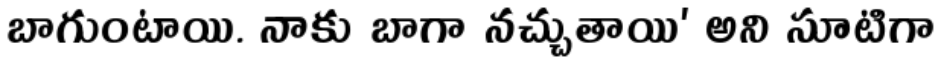
బాగుంటాయి. నాకు బాగా నచ్చుతాయి' అని సూటిగా